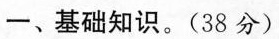
一、基础知识。(38分)